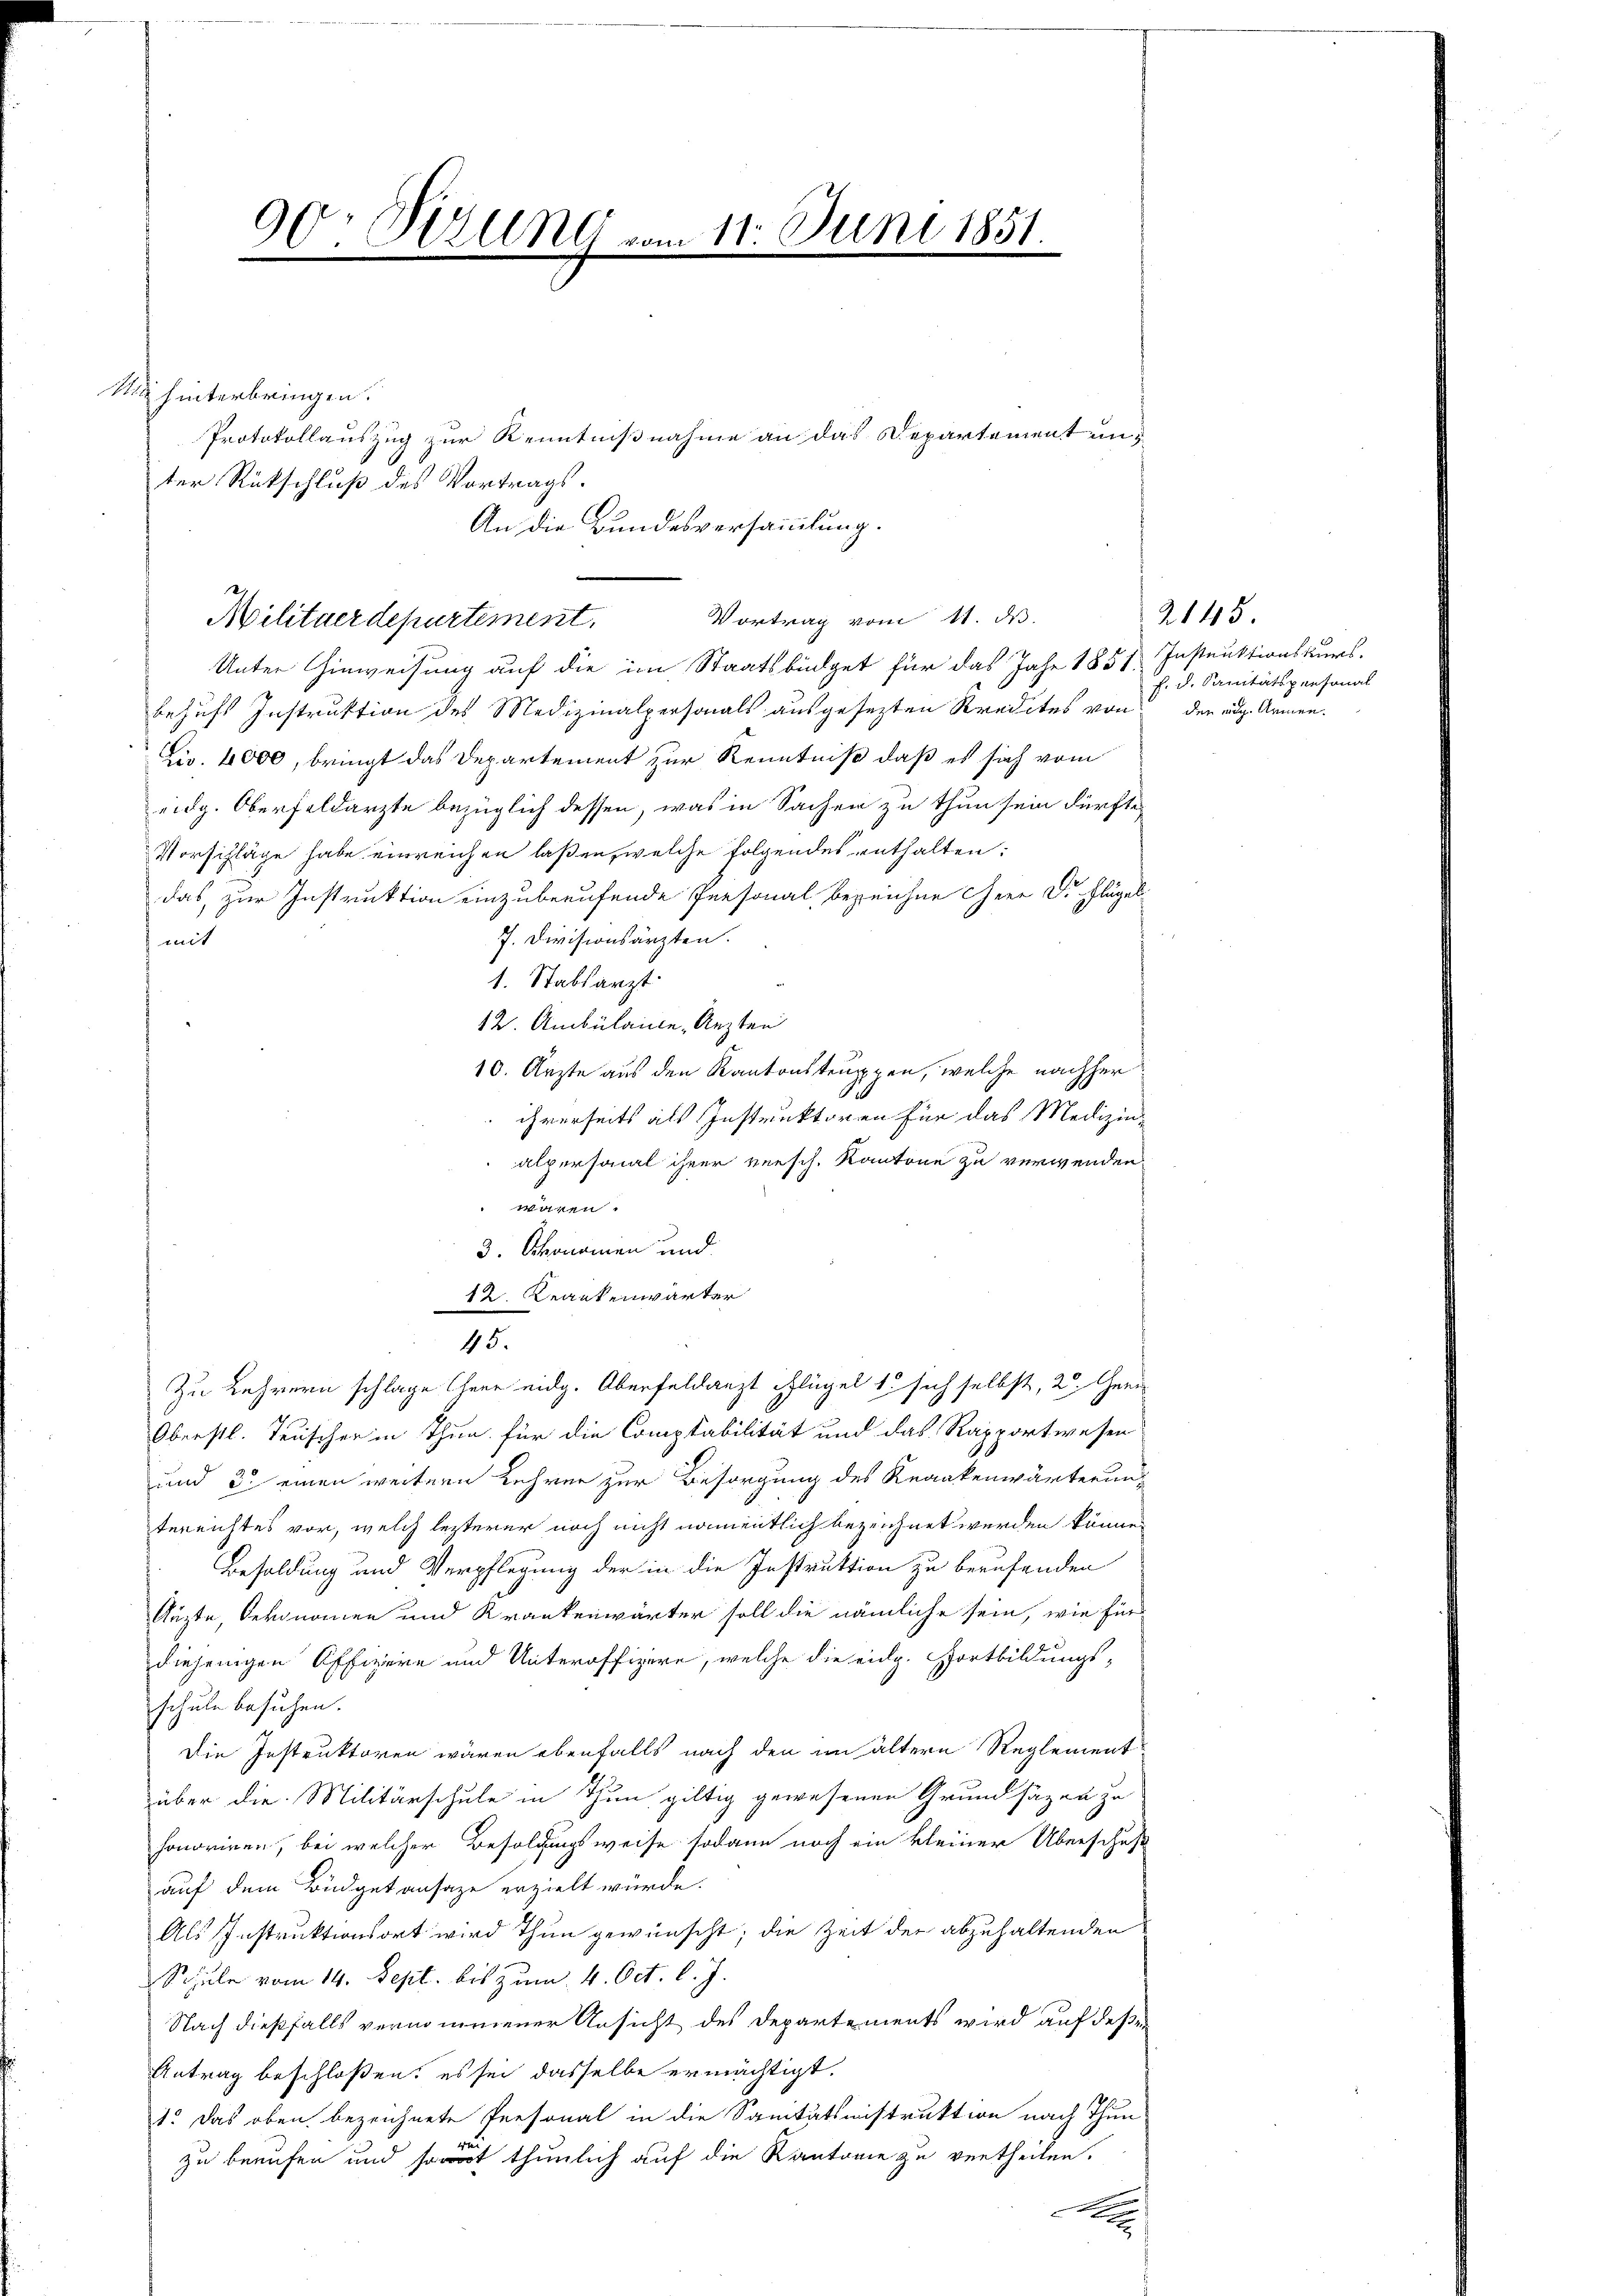
00r Vizung vom 11. Juni 1851
e
.

Sie hinterbringen.
Protokollauszug zur Kenntnißnahme an das Departement unter Rückschluß des Vortrags.
An die Bundesversammlung.

Militaerdepartement. Vortrag vom 11. d.

Unter Hinweisung auf die im Staatsbüdget für das Jahr 1857. Instruktionskurs-
behufs Instruktion des Medizinalpersonals ausgesezten Kredites von den auche Armen.
Dir. 4000, bringt das Departement zur Kenntniß daß es sich vom
eidg. Oberfeldarzte bezüglich dessen, was in Sachen zu thun sein dürfte,
Vorschläge habe einreichen laßen, welche folgendes enthalten:
das, zur Instruktion einzuberufende Personal bezeichne Herr Dr. Flügel
J. Divisionsärzten.
) mit
1. Stabsarzt.
12. Ambülance, Arzten
10. Ärzte aus den Kantonstruppen, welche nachher
ihrerseits als Instruktoren für das Medizin
alpersonal ihrer versch. Kantone zu verwenden.
 wären.
3. Ohonamen und
12. Krankenwärter
45.
Zu Lehrern schlage herr eidg. Oberfeldanzt Pflügel 1 sich selbst, 2. Ger¬
Oberstl. Teuscher in Thun für die Comptabilität und das Rapportwesen
und 3 einen weitern Lehrer zur Besorgung des Krankenwärterun-
terrichtes vor, welch lezterer noch nicht namentlich bezeichnet werden könne.
Besoldung und Verpflegung der in die Instruktion zu berufenden
Aüste, Oekonomen und Krankenwärter soll die nämliche sein, wie für
diejenigen Offiziere und Unteroffiziere, welche die eidg. Fortbildungs-
schule besuchen.
Die Instruktoren wären ebenfalls nach den im ältern Reglement
über die Militärschule in Thun, giltig gewesenen Grundsätzen zu
honoriren, bei welcher Befolgungsweise sodann noch ein kleiner Überschuf
auf dem Büdgetansaze erzielt würde.
Als Instruktionsort wird Thun gewünscht; die Zeit der abzuhaltenden
Schule vom 14. Sept. bis zum 4. Oct. l. J.
Nach dießfalls vernommener Ansicht des Departements wird auf deße
Antrag beschloßen, es sei dasselbe ermächtigt.
1. Das oben bezeichnete Presonal in die Sanitätsnistruktion nach Thun
d
zu berufen und sont thunlich auf die Kantomie zu vertheilen.
x

2145.
f. d. Sanitätspersonal